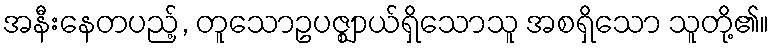
အနီးနေတပည့်, တူသောဥပဇ္ဈာယ်ရှိသောသူ အစရှိသော သူတို့၏။